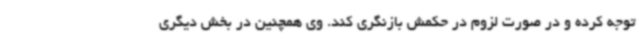
توجه کرده و در صورت لزوم در حکمش بازنگری کند. وی همچنین در بخش دیگری